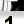
Digit: 1